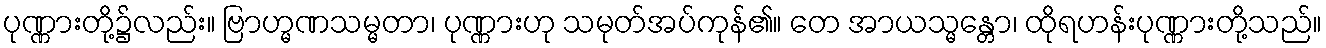
ပုဏ္ဏားတို့၌လည်း။ ဗြာဟ္မဏသမ္မတာ၊ ပုဏ္ဏားဟု သမုတ်အပ်ကုန်၏။ တေ အာယသ္မန္တော၊ ထိုရဟန်းပုဏ္ဏားတို့သည်။